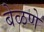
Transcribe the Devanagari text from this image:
बेळणे